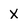
Character: x